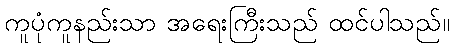
ကူပုံကူနည်းသာ အရေးကြီးသည် ထင်ပါသည်။